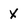
Character: X